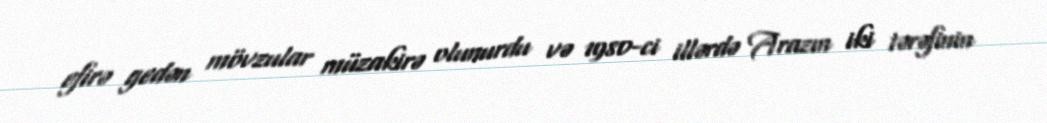
efirə gedən mövzular müzakirə olunurdu və 1980-ci illərdə Arazın iki tərəfinin